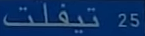
تيفلت25